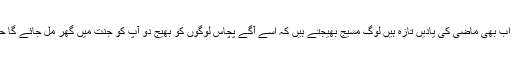
اس پر اب بھی ماضی کی یادیں تازہ ہیں لوگ مسیج بھیجتے ہیں کہ اسے آگے پچاس لوگوں کو بھیج دو آپ کو جنت میں گھر مل جائے گا حد ہے ۔